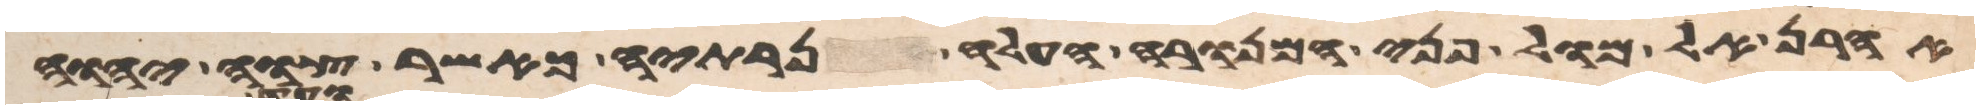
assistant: אהרן אל מול פני המנורה העלה נרתיה כאשר צוה יהוה